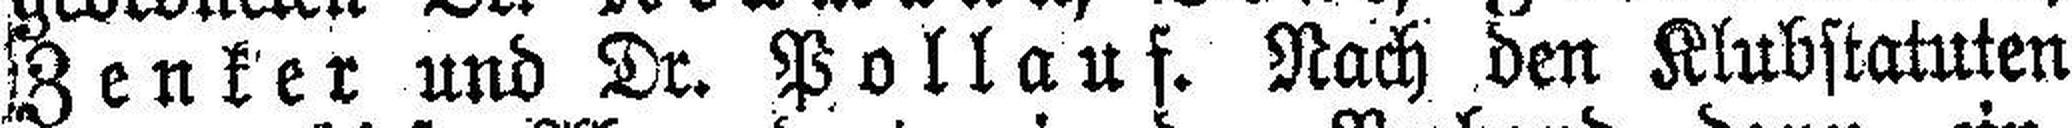
Zenker und Dr. Pollauf. Nach den Klubstatuten